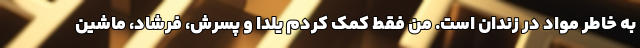
به خاطر مواد در زندان است. من فقط کمک کردم یلدا و پسرش، فرشاد، ماشین